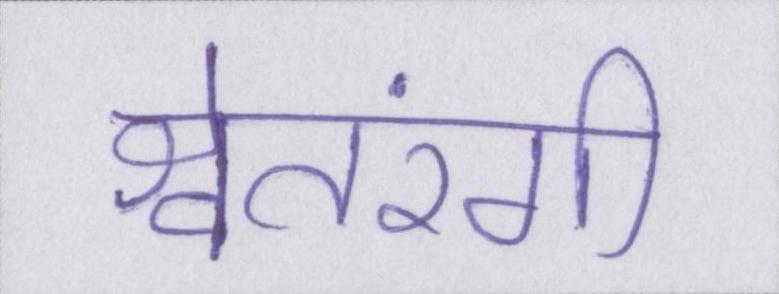
श्वेतरंगी